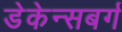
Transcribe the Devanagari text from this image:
डेकेन्सबर्ग